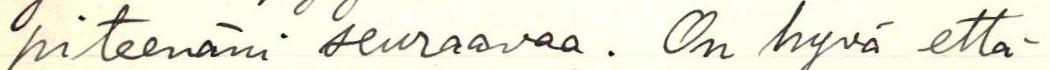
piteenäni seuraavaa. On hyvä että